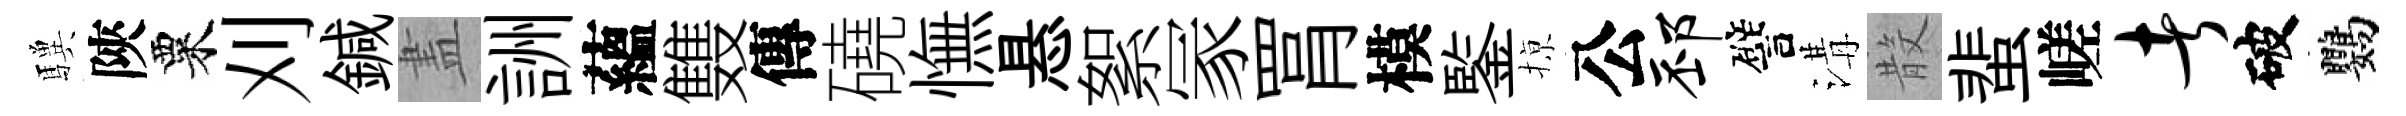
驥陝粟刈鍼𥁞詶蘊䨇傳磽憮悬絮冡罥模鍳𢱊公邳譬溝𣪚蜚嵯者破鸚